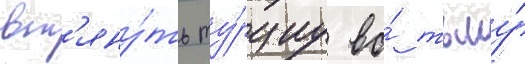
вт'яну́ть ту́рциу во́ тьму́